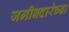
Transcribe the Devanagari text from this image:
जमीनदारंच्या